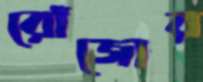
রোঁজোর